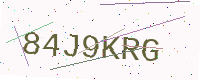
Text: 84J9KRG